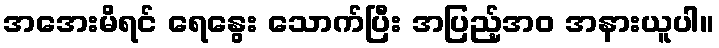
အအေးမိရင် ရေနွေး သောက်ပြီး အပြည့်အဝ အနားယူပါ။